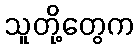
သူတို့တွေက